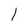
Character: l